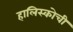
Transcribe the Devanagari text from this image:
हालिस्कोची